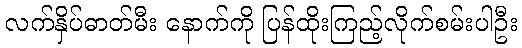
လက်နှိပ်ဓာတ်မီး နောက်ကို ပြန်ထိုးကြည့်လိုက်စမ်းပါဦး